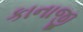
કાનાજી